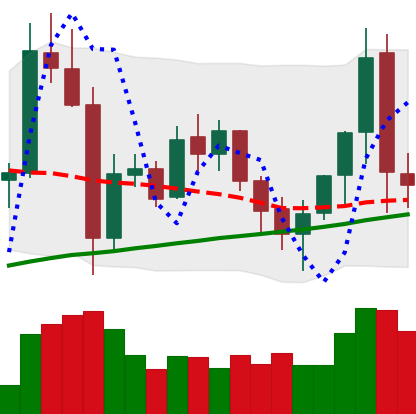
Ticker: XMR-USD
Chart end date: 2021-11-11
Forward return: -9.132%
Label: down_7plus